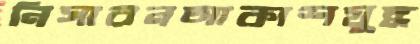
নিসারনআকাশযুদ্ধ